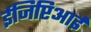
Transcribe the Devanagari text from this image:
ईजिप्टिआई